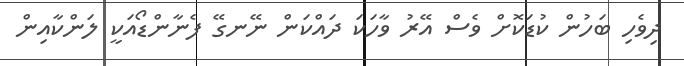
ދިވެހި ބަހުން ކުޑަކޮށް ވެސް އޭރު ވާހަކަ ދައްކަން ނޭނގޭ ފެނާންޑޯއަކީ ލަންކާއިން